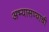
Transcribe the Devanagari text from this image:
अभ्यासण्याची